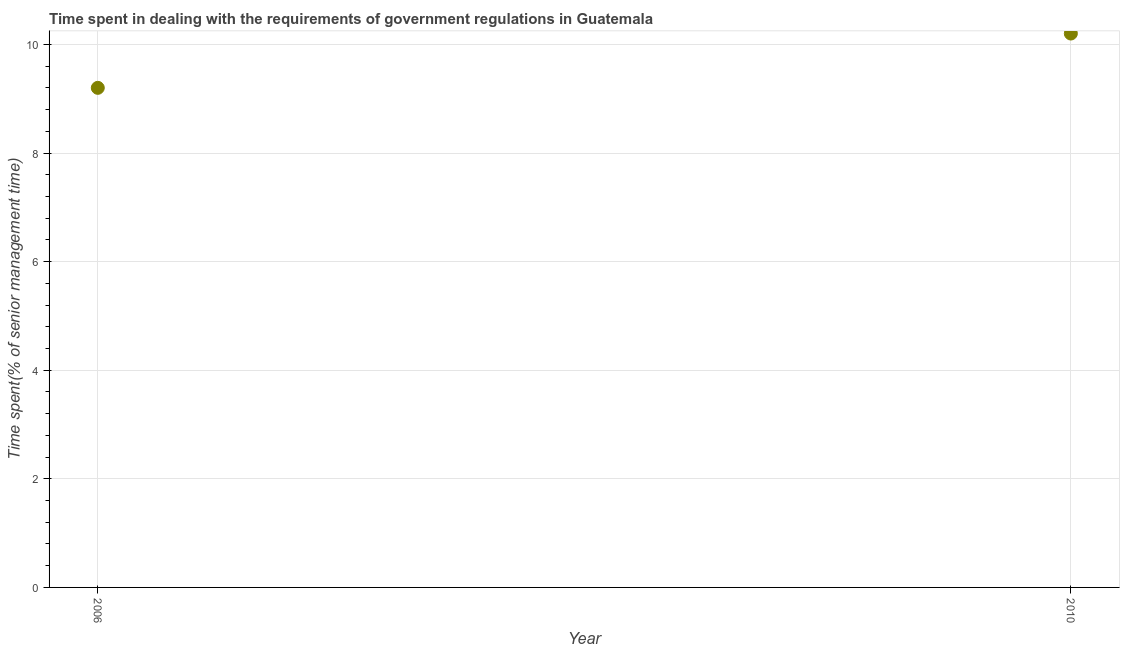
| Year | Government regulations |
 | --- | --- |
 | 2006 | 9.2 |
 | 2010 | 10.2 |